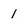
Character: 1